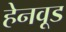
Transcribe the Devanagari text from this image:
हेनवूड